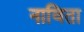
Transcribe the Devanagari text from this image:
नाविता